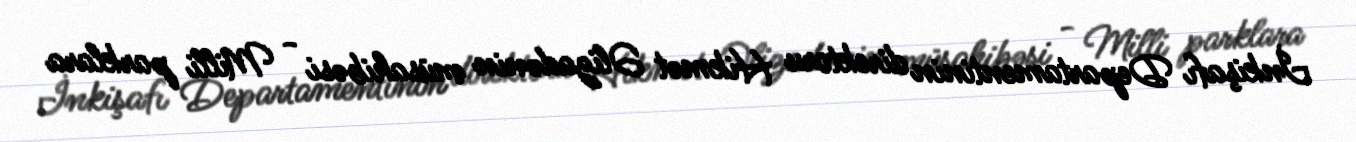
İnkişafı Departamentinin direktoru Hikmət Əlizadənin müsahibəsi - Milli parklara